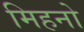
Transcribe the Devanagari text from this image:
मिहनो